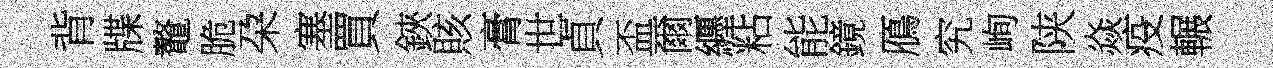
背牒鼇脆朶塞買鋏賅膏世貞盃爾纒粘能鏡鴈究峋陕焱疫輾